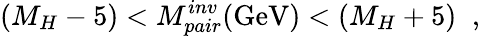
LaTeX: (M_{H}-5)<M_{pair}^{inv}(\mathrm{GeV})<(M_{H}+5)\; \; ,